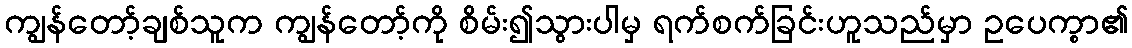
ကျွန်တော့်ချစ်သူက ကျွန်တော့်ကို စိမ်း၍သွားပါမှ ရက်စက်ခြင်းဟူသည်မှာ ဥပေက္စာ၏